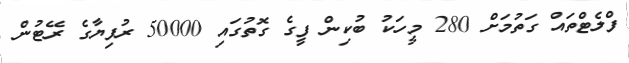
ފްލެޓްތައް ގަތުމަށް 280 މީހަކު ބުކިން ފީގެ ގޮތުގައި 50000 ރުފިޔާގެ ރޭޓުން